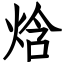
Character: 焓